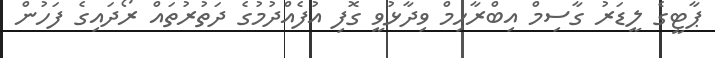
ޕާޓީގެ ލީޑަރު ގާސިމް އިބްރާހިމް ވިދާޅުވީ ގޮފި އުފެއްދުމުގެ ދަތުރުތައް ރޯދައިގެ ފަހުން